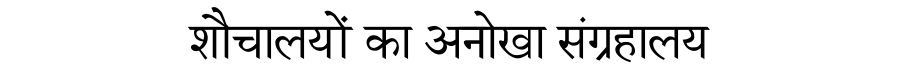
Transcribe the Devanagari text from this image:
शौचालयों का अनोखा संग्रहालय